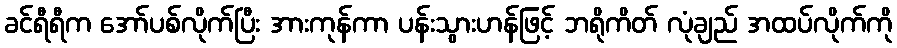
ခင်ရီရီက အော်ပစ်လိုက်ပြီး အားကုန်ကာ ပန်းသွားဟန်ဖြင့် ဘရိုကိတ် လုံချည် အထပ်လိုက်ကို